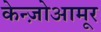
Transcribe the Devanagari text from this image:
केन्ज़ोआमूर